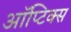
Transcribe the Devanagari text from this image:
ऑप्टिक्‍स